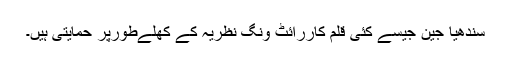
سندھیا جین جیسے کئی قلم کاررائٹ ونگ نظریہ کے کھلےطورپر حمایتی ہیں۔